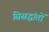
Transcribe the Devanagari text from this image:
सिसद्धांतों